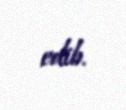
edib.